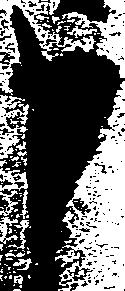
申